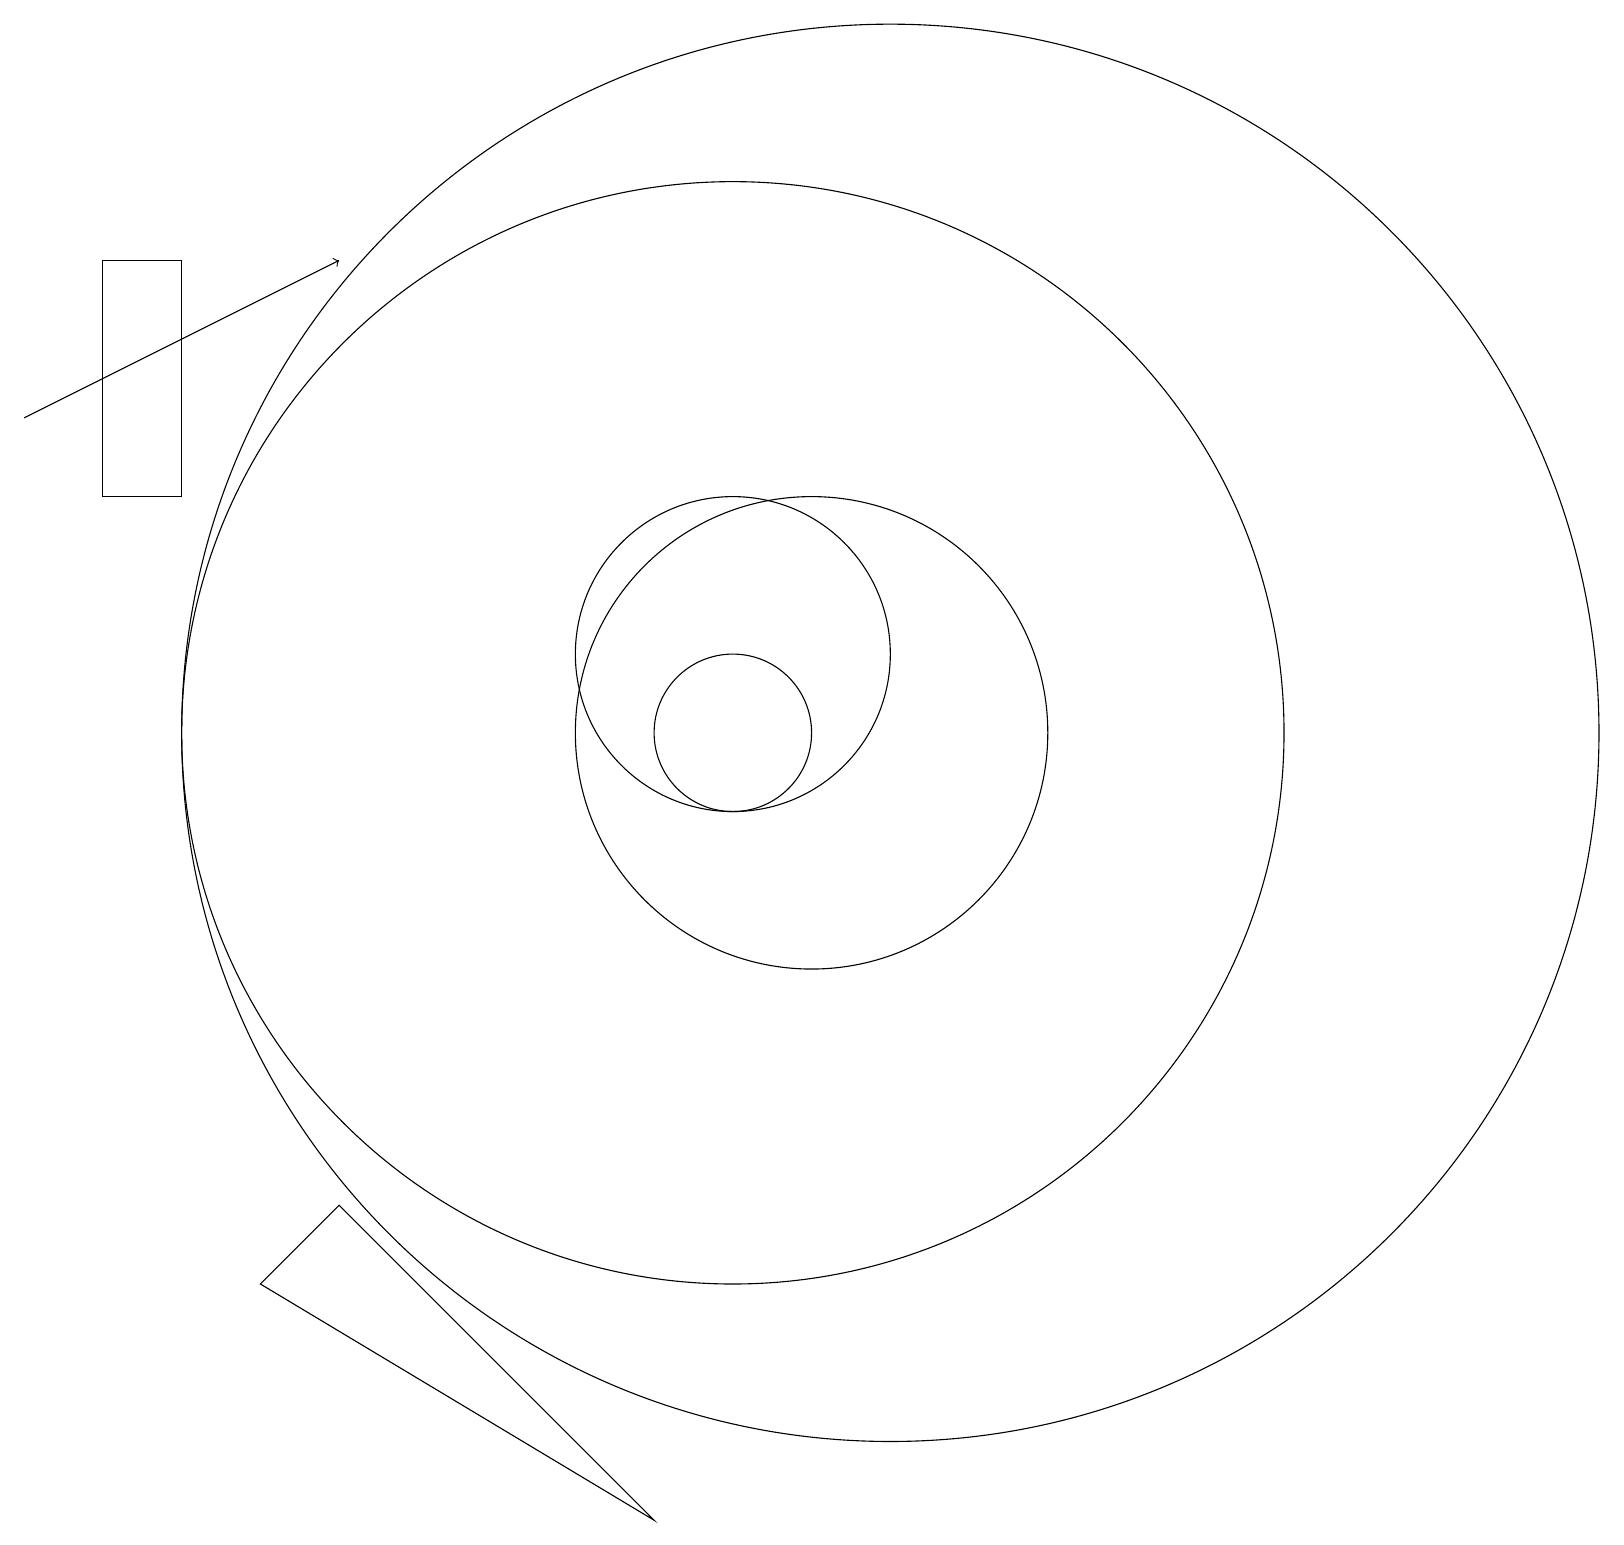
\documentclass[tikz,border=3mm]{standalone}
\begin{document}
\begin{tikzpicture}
\draw (5,4) -- (9,0) -- (4,3) -- cycle;
\draw (12,10) circle (9);
\draw (11,10) circle (3);
\draw[->] (1,14) -- (5,16);
\draw (2,16) rectangle (3,13);
\draw (10,10) circle (1);
\draw (10,11) circle (2);
\draw (10,10) circle (7);
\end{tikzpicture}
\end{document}